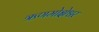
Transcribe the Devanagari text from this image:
ऋणमोक्षेश्वर